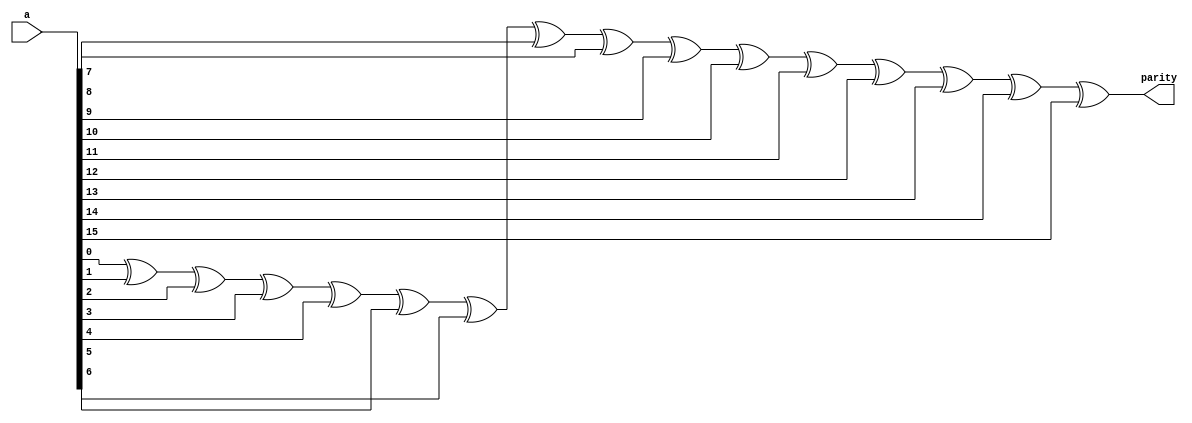
`timescale 1ns / 1ps
//////////////////////////////////////////////////////////////////////////////////
// Company: 
// Engineer: 
// 
// Design Name: 
// Module Name: parity_generator
// Project Name: 
// Target Devices: 
// Tool Versions: 
// Description: 
// 
// Dependencies: 
// 
// Revision:
// Revision 0.01 - File Created
// Additional Comments:
// 
//////////////////////////////////////////////////////////////////////////////////
`define W 16

module parity_generator(
input [15:0] a,
output reg parity
);
    
integer i;
always@* begin
    parity = 0;
    for(i=0;i<`W;i=i+1)
        parity = parity ^ a[i];
end

endmodule